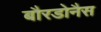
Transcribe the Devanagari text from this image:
बौरडोनैस